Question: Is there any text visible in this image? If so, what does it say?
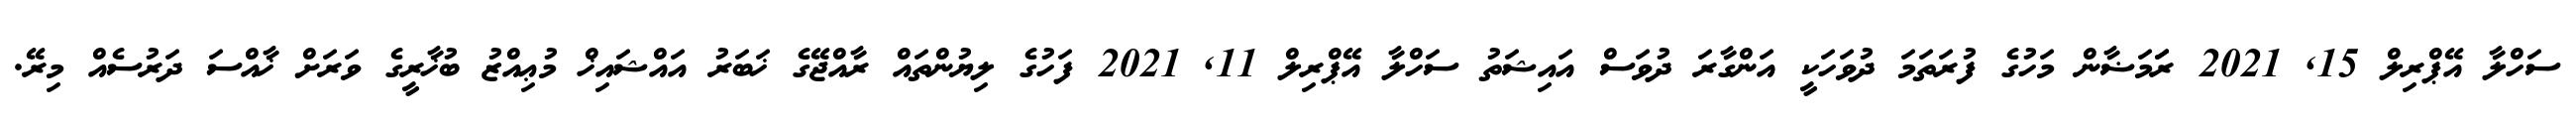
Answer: ސަހްލާ އޭޕްރިލް 15, 2021 ރަަމަޟާން މަހުގެ ފުރަތަމަ ދުވަހަކީ އަންގާރަ ދުވަސް އައިޝަތު ސަހްލާ އޭޕްރިލް 11, 2021 ފަހުގެ ލިޔުންތައް ރާއްޖޭގެ ޚަބަރު އައްޝައިޚް މުޢިއްޒު ބުޚާރީގެ ވަރަށް ޚާއްސަ ދަރުސެއް މިރޭ.